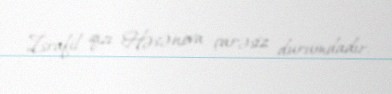
İsrafil qızı Həsənova çarəsiz durumdadır.